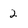
Character: 2